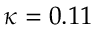
\kappa = 0 . 1 1